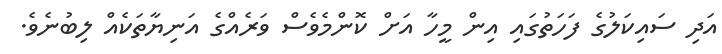
އަދި ސައިކަލުގެ ފަހަތުގައި އިން މީހާ އަށް ކޮންމެވެސް ވަރެއްގެ އަނިޔާތަކެއް ލިބުނެވެ.